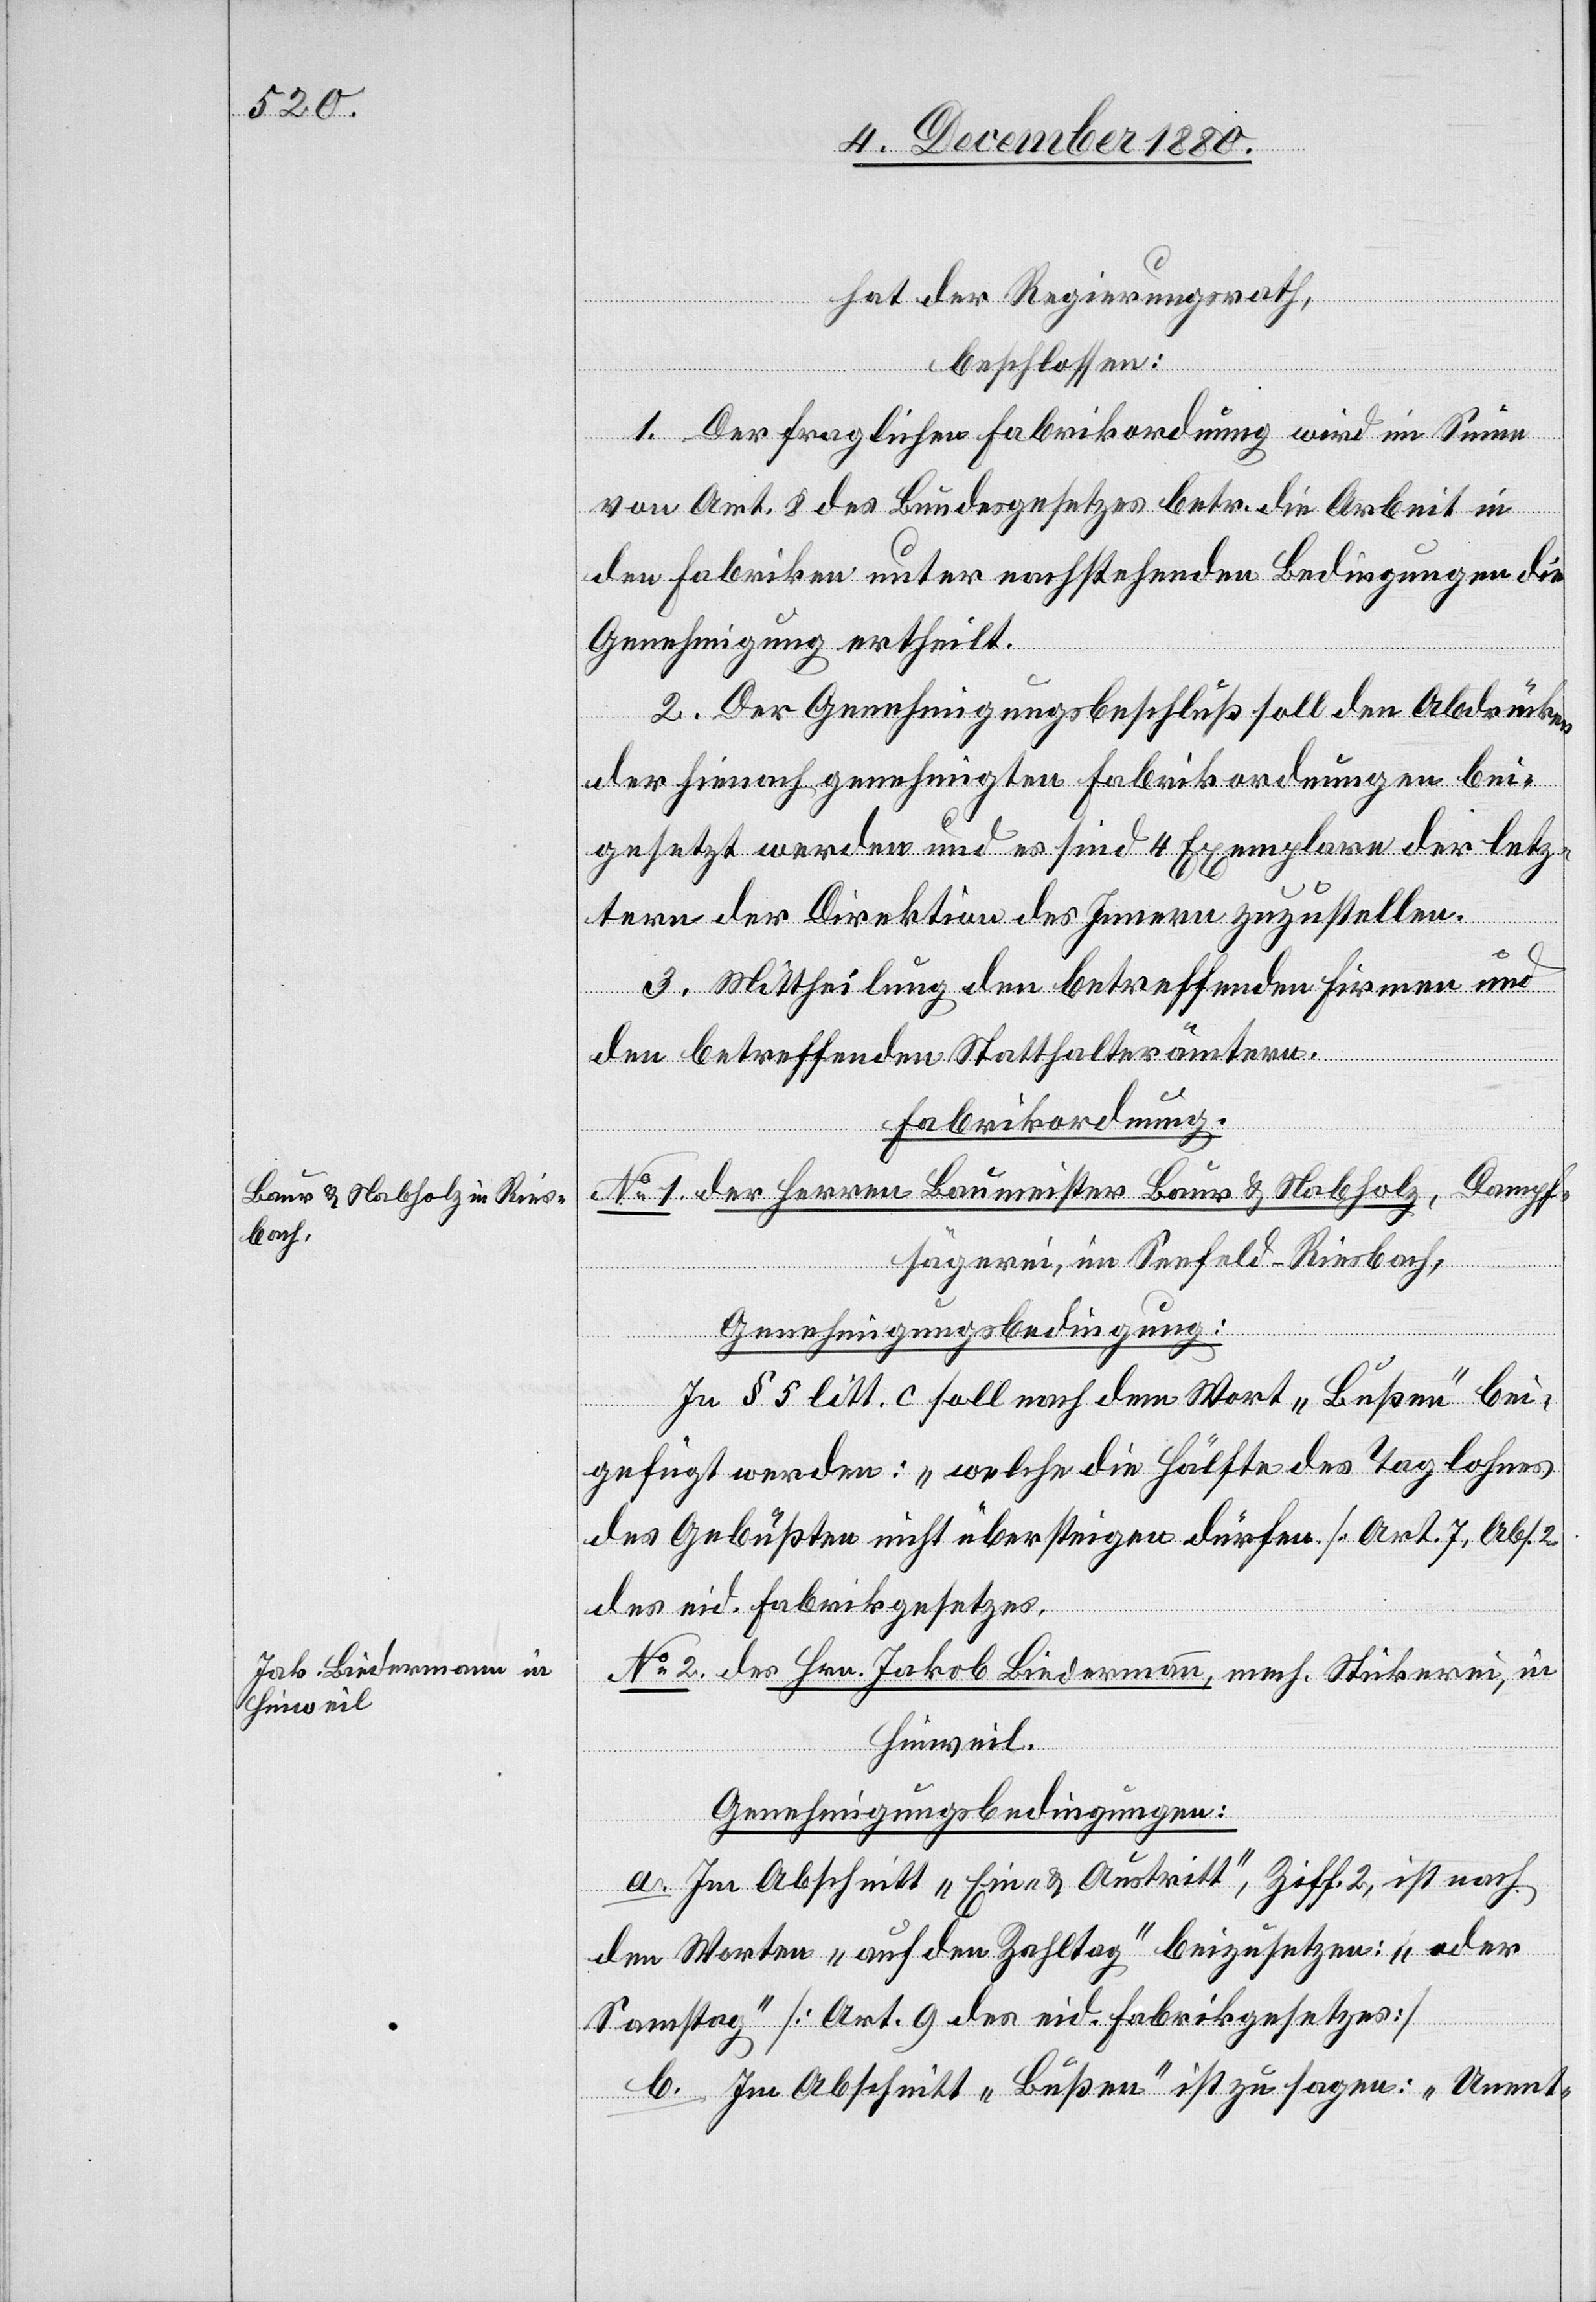
hat der Regierungsrath,
beschlossen:
1. Der fraglichen Fabrikordnung wird im Sinne
von Art. 8 des Bundesgesetzes betr. die Arbeit in
den Fabriken unter nachstehenden Bedingungen die
Genehmigung ertheilt.
2. Der Genehmigungsbeschluß soll den Abdrücken
der hienach genehmigten Fabrikordnungen bei¬
gesetzt werden und es sind 4 Exemplare der letz¬
tern der Direktion des Innern zuzustellen.
3. Mittheilung den betreffenden Firmen und
den betreffenden Statthalterämtern.
Fabrikordnung.
No 1 der Herren Baumeister Baur & Nabholz, Dampf¬
sägerei, im Seefeld - Riesbach,
Genehmigungsbedingung:
In § 5 litt. c soll nach dem Wort „Bußen“ bei¬
gefügt werden: „welche die Hälfte des Taglohnes
des Gebüßten nicht überstiegen dürfen“ [Art. 7, Abs.
des eid. Fabrikgesetzes].
No 2 des Hrn. Jakob Biedermann, mech. Stickerei, in
Hinweil.
Genehmigungsbedingungen:
a. Im Abschnitt „Ein- & Austritt“, Ziff. 2, ist nach
den Worten „auf den Zahltag“ beizusetzen: „oder
Samstag“ [Art. 9 des Fabrikgesetzes]
b. Im Abschnitt „Bußen“ ist zu sagen: „Unent-